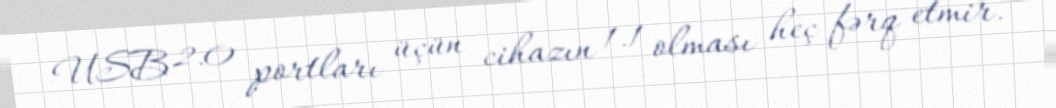
USB 2.0 portları üçün cihazın 1.1 olması heç fərq etmir.